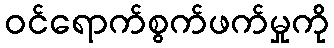
ဝင်ရောက်စွက်ဖက်မှုကို